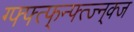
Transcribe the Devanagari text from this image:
ग्फ्फ्त्फ्न्फ्त्ज्न्क्ज